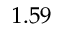
1 . 5 9